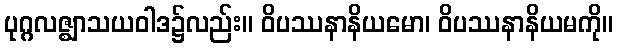
ပုဂ္ဂလဇ္ဈာသယဝါဒ၌လည်း။ ဝိပဿနာနိယမော၊ ဝိပဿနာနိယမကို။